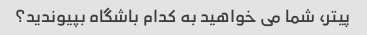
پیتر، شما می خواهید به کدام باشگاه بپیوندید؟